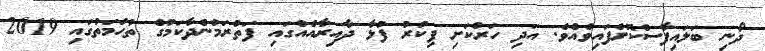
ދޯނި ބަލައިފާސްކޮށްފައިވެއެވެ. އަދި ހަރުކަށި ފިކުރު ފުޅާ ދާއިރާއެއްގައި ފަތުރަމުންދާކަމުގެ ތުހުމަތުގައި 2019